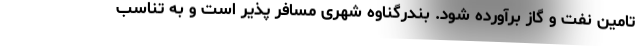
تامین نفت و گاز برآورده شود. بندرگناوه شهری مسافر پذیر است و به تناسب